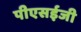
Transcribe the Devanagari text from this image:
पीएसईजी